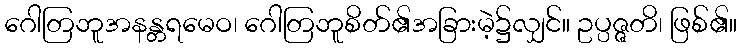
ဂေါတြဘူအနန္တရမေဝ၊ ဂေါတြဘူစိတ်၏အခြားမဲ့၌လျှင်။ ဥပ္ပဇ္ဇတိ၊ ဖြစ်၏။